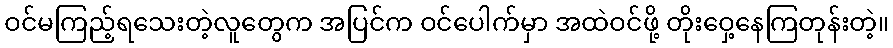
ဝင်မကြည့်ရသေးတဲ့လူတွေက အပြင်က ဝင်ပေါက်မှာ အထဲဝင်ဖို့ တိုးဝှေ့နေကြတုန်းတဲ့။